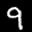
Label: 9